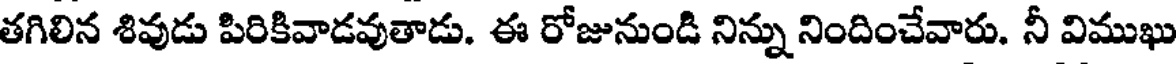
తగిలిన శివుడు పిరికివాడవుతాడు. ఈ రోజునుండి నిన్ను నిందించేవారు. నీ విముఖు